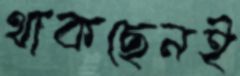
থাকছেনই